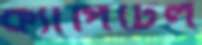
ক্যাপিটেল